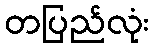
တပြည်လုံး